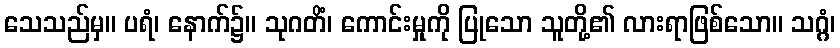
သေသည်မှ။ ပရံ၊ နောက်၌။ သုဂတိံ၊ ကောင်းမှုကို ပြုသော သူတို့၏ လားရာဖြစ်သော။ သဂ္ဂံ၊